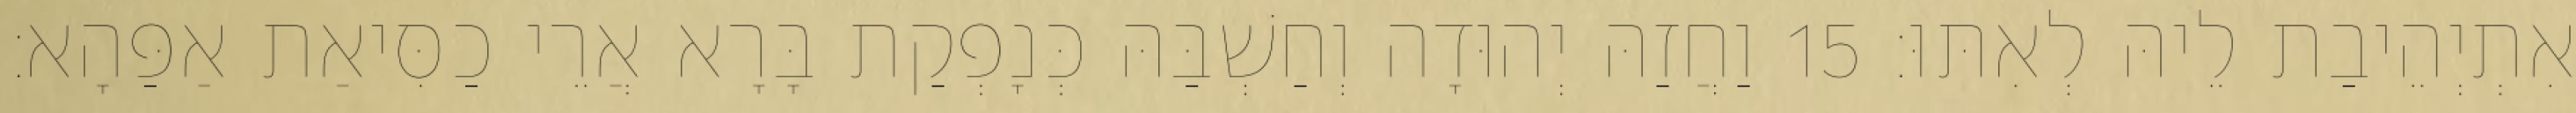
אִתְיְהֵיבַת לֵיהּ לְאִתּוּ׃ 15 וַחֲזַהּ יְהוּדָה וְחַשְׁבַּהּ כְּנָפְקַת בָּרָא אֲרֵי כַסִּיאַת אַפַּהָא׃